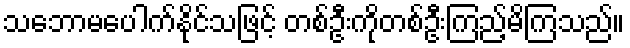
သဘောမပေါက်နိုင်သဖြင့် တစ်ဦးကိုတစ်ဦးကြည့်မိကြသည်။